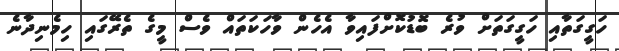
ހަގީގަތާއި ހަގީގަތަށް ވުރެ ބޮޑުކޮށްފައިވާ އެހެން ވާހަކަތައް ވެސް މީގެ ތެރޭގައި ހިމެނިދާނެ